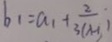
b _ { 1 } = a _ { 1 } + \frac { 2 } { 3 ( \lambda - 1 ) }